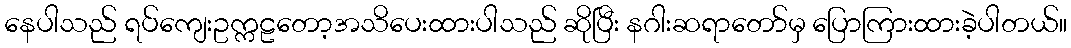
နေပါသည် ရပ်ကျေးဥက္ကဠတော့အသိပေးထားပါသည် ဆိုပြီး နဂါးဆရာတော်မှ ပြောကြားထားခဲ့ပါတယ်။